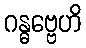
ဂန္ဓဗ္ဗေဟိ